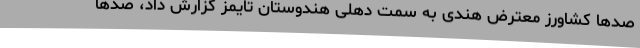
صدها کشاورز معترض هندی به سمت دهلی هندوستان تایمز گزارش داد، صدها